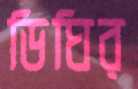
ডিঘির